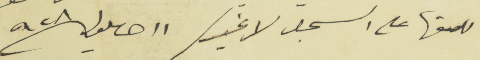
للصقها على السجل لا غير / ١١ ايلول سنة ٩٢٨